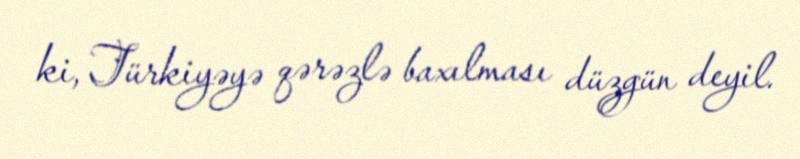
ki, Türkiyəyə qərəzlə baxılması düzgün deyil.